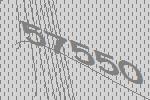
57550